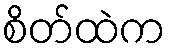
စိတ်ထဲက